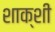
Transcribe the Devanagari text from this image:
शाक्शी